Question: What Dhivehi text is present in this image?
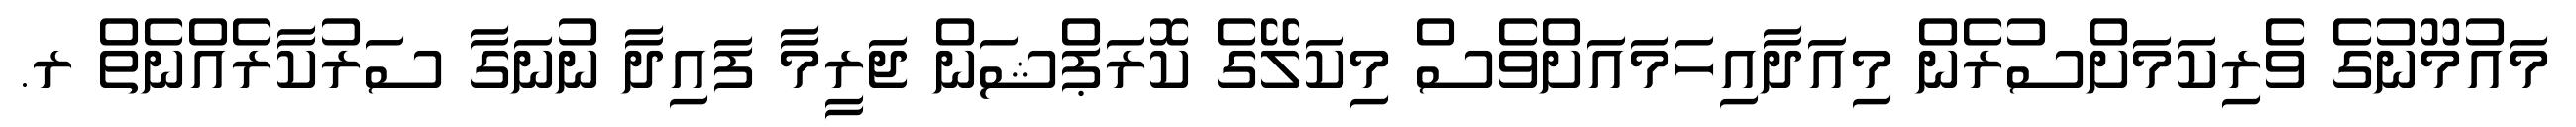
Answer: މައުމޫނުގެ ވެރިކަމަށްސުރެން މިއަދާއިހަމައަށްވެސް މިކަލޭގެ ކޮރަޕްޝަން ޖަރީމާ ފައިދާ ނުނަގާ ސަރުކާރެއްނެތް ރ.